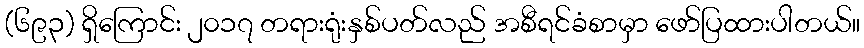
(၆၉၃) ရှိကြောင်း ၂၀၁၇ တရားရုံးနှစ်ပတ်လည် အစီရင်ခံစာမှာ ဖော်ပြထားပါတယ်။